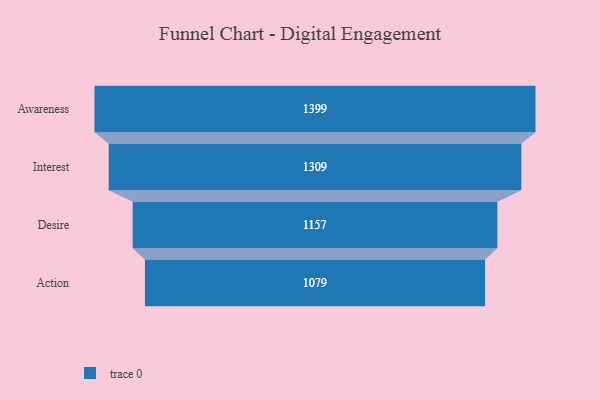
{"axis": {"x": "Stage", "y": "Value"}, "legend": [""], "data": [{"x": "Awareness", "y": 1399.0, "type": ""}, {"x": "Interest", "y": 1309.0, "type": ""}, {"x": "Desire", "y": 1157.0, "type": ""}, {"x": "Action", "y": 1079.0, "type": ""}]}